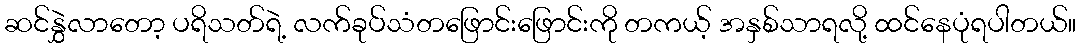
ဆင်နွှဲလာတော့ ပရိသတ်ရဲ့ လက်ခုပ်သံတဖြောင်းဖြောင်းကို တကယ့် အနှစ်သာရလို့ ထင်နေပုံရပါတယ်။